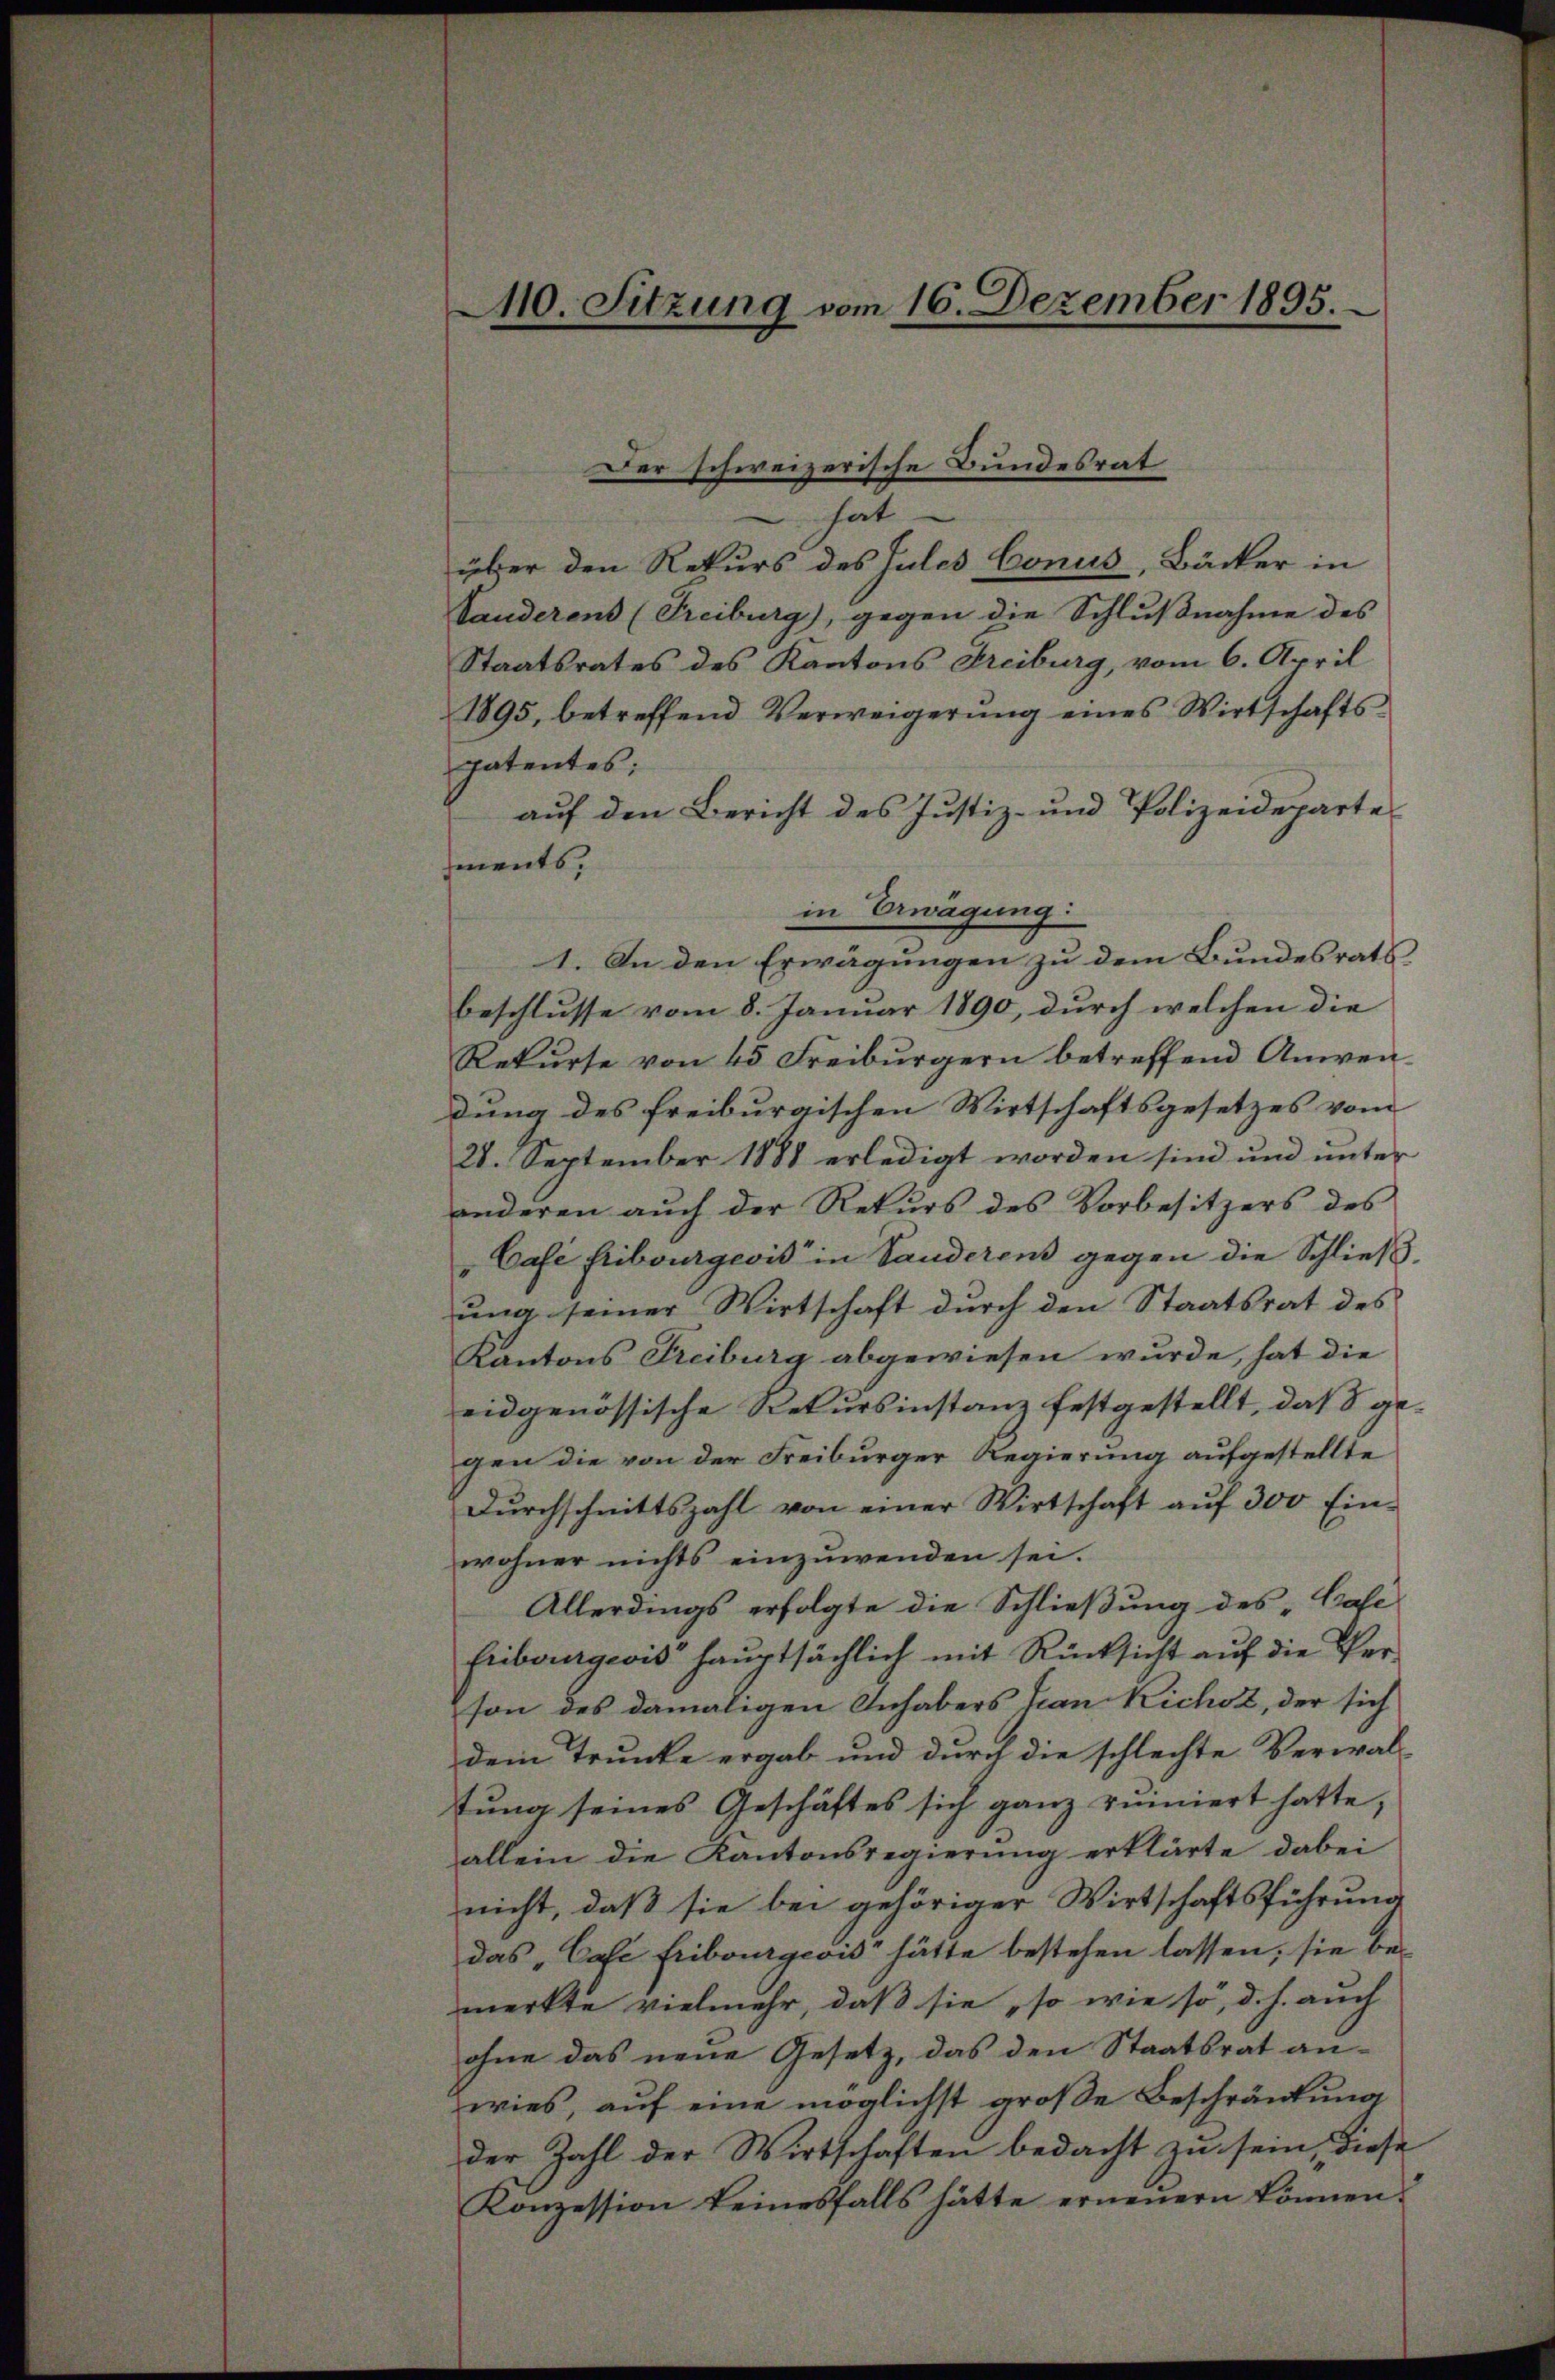
M0. Sitzung vom 16. Dezember 1895.

über den Rekurs des Julis Conus, Bäcker in
Sanderens (Freiburg), gegen die Schlußnahme des
Staatsrates des Kantons Freiburg, vom 6. April
1895, betreffend Verweigerung eines Wirtschafts
patentes:
auf den Bericht des Justiz- und Polizeideparte
ments,
in Erwägung:
1. An den Erwägungen zu dem Bundesrats
beschlusse vom 8. Januar 1890, durch welchen die
Rekurse von 45 Freiburgern betreffend Anwen-
dung des freiburgischen Wirtschaftsgesetzes vom
28. September 1881 erledigt worden sind und unter
anderen auch der Rekurs des Vorbesitzers des
Café Fribourgeois in Sanderens gegen die Schließ,
ung seiner Wirtschaft durch den Staatsrat des
Kantons Freiburg abgewiesen wurde, hat die
eidgenössische Rekursinstanz festgestellt, daß gegen die von der Freiburger Regierung aufgestellte
Durchschnittszahl von einer Wirtschaft auf 300 Einwohner nichts einzuwenden sei.
Allerdings erfolgte die Schließung des „Pafe
Fribourgeois hauptsächlich mit Rücksicht auf die Verson des damaligen Inhabers Jean Richoz, der sich
dem Trunke ergab und durch die schlechte Verwal-
tung seines Geschäftes sich ganz ruiniert hatte,
allein die Kantonsregierung erklärte dabei
nicht, daß sie bei gehöriger Wirtschaftsführung
das „Case Fribourgeois hätte bestehen lassen, sie bemerkte vielmehr, daß sie so wie so, d. h. auch
ohne das neue Gesetz, das den Staatsrat anwies, auf eine möglichst große Beschränkung
der Zahl der Wirtschaften bedacht zu sein diese
Konzession keinesfalls hätte erneuern können.

Der schweizerische Bundesrat
hat.